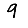
Digit: 9